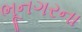
ભૂનગરના